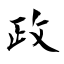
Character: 政